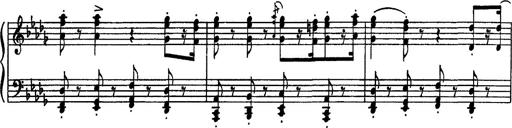
Title: Fantaisie sur des motifs favoris de l'opÃ©ra 'La sonnambula'
Composer: Franz Liszt